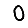
Digit: 0